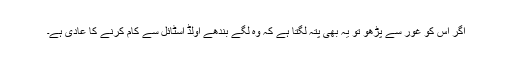
اگر اس کو غور سے پڑھو تو یہ بھی پتہ لگتا ہے کہ وہ لگے بندھے اولڈ اسٹائل سے کام کرنے کا عادی ہے۔